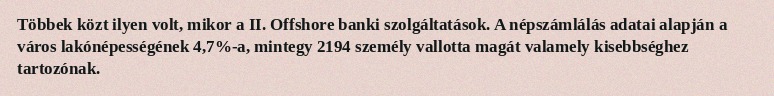
Többek közt ilyen volt, mikor a II. Offshore banki szolgáltatások. A népszámlálás adatai alapján a város lakónépességének 4,7%-a, mintegy 2194 személy vallotta magát valamely kisebbséghez tartozónak.